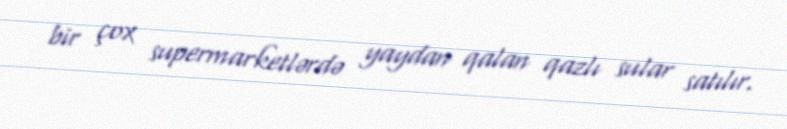
bir çox supermarketlərdə yaydan qalan qazlı sular satılır.